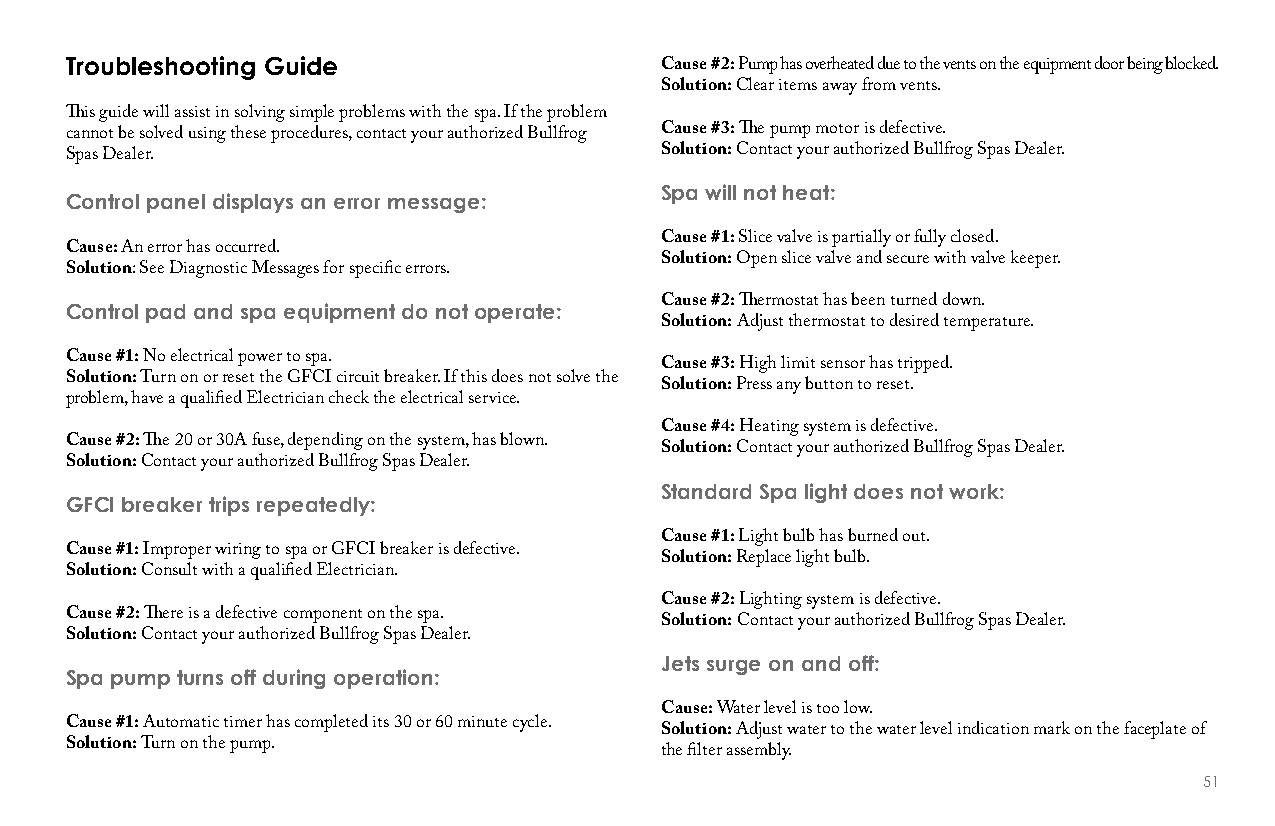
Troubleshooting Guide
 Cause #2: Pump has overheated due to the vents on the equipment door being blocked.
 Solution: Clear items away from vents.
 This guide will assist in solving simple problems with the spa. If the problem
 cannot be solved using these procedures, contact your authorized Bullfrog Cause #3: The pump motor is defective.
 Spas Dealer.                            Solution: Contact your authorized Bullfrog Spas Dealer.
 Spa will not heat:
 Control panel displays an error message:
 Cause #1: Slice valve is partially or fully closed.
 Cause: An error has occurred.
 Solution: Open slice valve and secure with valve keeper.
 Solution: See Diagnostic Messages for specific errors.
 Control pad and spa equipment do not operate: Cause #2: Thermostat has been turned down.
 Solution: Adjust thermostat to desired temperature.
 Cause #1: No electrical power to spa.
 Cause #3: High limit sensor has tripped.
 Solution: Turn on or reset the GFCI circuit breaker. If this does not solve the
 Solution: Press any button to reset.
 problem, have a qualified Electrician check the electrical service.
 Cause #4: Heating system is defective.
 Cause #2: The 20 or 30A fuse, depending on the system, has blown.
 Solution: Contact your authorized Bullfrog Spas Dealer.
 Solution: Contact your authorized Bullfrog Spas Dealer.
 Standard Spa light does not work:
 GfCI breaker trips repeatedly:
 Cause #1: Light bulb has burned out.
 Cause #1: Improper wiring to spa or GFCI breaker is defective.
 Solution: Replace light bulb.
 Solution: Consult with a qualified Electrician.
 Cause #2: Lighting system is defective.
 Cause #2: There is a defective component on the spa.
 Solution: Contact your authorized Bullfrog Spas Dealer.
 Solution: Contact your authorized Bullfrog Spas Dealer.
 Jets surge on and off:
 Spa pump turns off during operation:
 Cause: Water level is too low.
 Cause #1: Automatic timer has completed its 30 or 60 minute cycle.
 Solution: Adjust water to the water level indication mark on the faceplate of
 Solution: Turn on the pump.
 the filter assembly.
 51